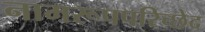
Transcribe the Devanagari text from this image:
नामरूपपरिच्छेद